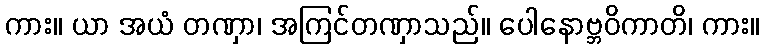
ကား။ ယာ အယံ တဏှာ၊ အကြင်တဏှာသည်။ ပေါနောဗ္ဘဝိကာတိ၊ ကား။